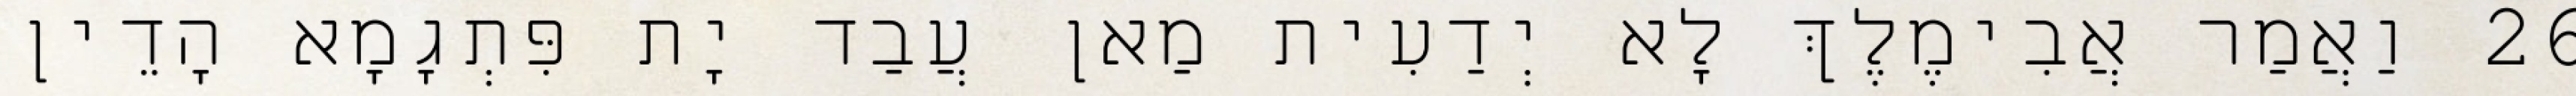
26 וַאֲמַר אֲבִימֶלֶךְ לָא יְדַעִית מַאן עֲבַד יָת פִּתְגָמָא הָדֵין